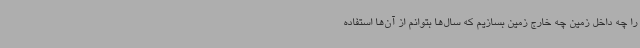
را چه داخل زمین چه خارج زمین بسازیم که سال‌ها بتوانم از آن‌ها استفاده